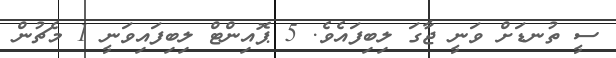
ސީ ތުނޑަށް ވަނީ ޖާގަ ލިބިފައެވެ. 5 ޕޮއިންޓް ލިބިފައިވަނީ 1 މެޗުން